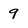
Character: 9